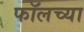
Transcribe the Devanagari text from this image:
फॉलच्या